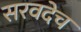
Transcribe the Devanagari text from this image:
सरवदेच